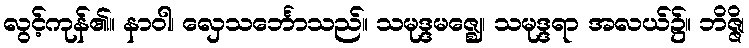
လွင့်ကုန်၏။ နာဝါ၊ လှေသင်္ဘောသည်။ သမုဒ္ဒမဇ္ဈေ၊ သမုဒ္ဒရာ အလယ်၌။ ဘိဇ္ဇိ၊